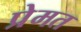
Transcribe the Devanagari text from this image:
प्रेमत